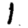
Digit: 1